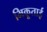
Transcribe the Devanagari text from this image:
भिकूताई